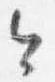
今